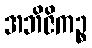
အဘိဇိကဉ္စ